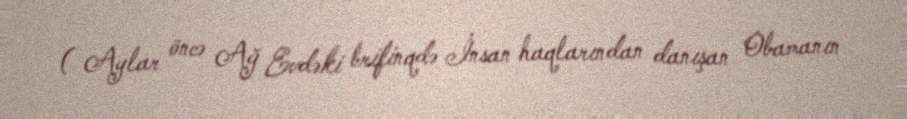
( Aylar öncə Ağ Evdəki brifinqdə İnsan haqlarından danışan Obamanın